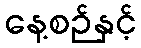
နေ့စဉ်နှင့်